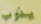
يذوب